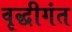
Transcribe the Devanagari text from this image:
वृद्धीगंत